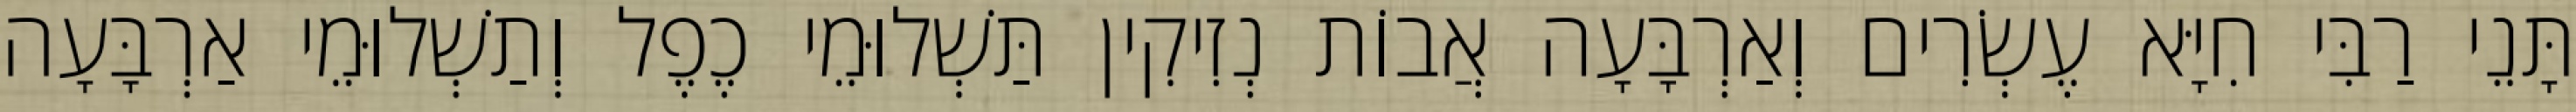
תָּנֵי רַבִּי חִיָּא עֶשְׂרִים וְאַרְבָּעָה אֲבוֹת נְזִיקִין תַּשְׁלוּמֵי כֶפֶל וְתַשְׁלוּמֵי אַרְבָּעָה